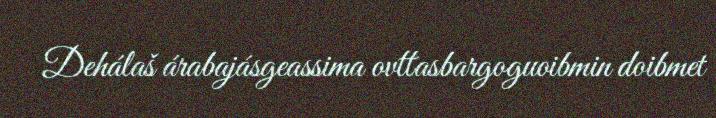
Dehálaš árabajásgeassima ovttasbargoguoibmin doibmet